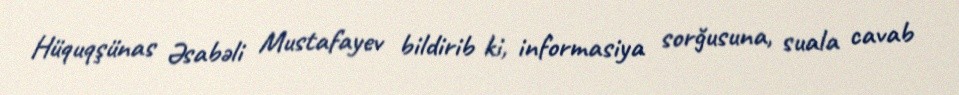
Hüquqşünas Əsabəli Mustafayev bildirib ki, informasiya sorğusuna, suala cavab